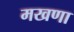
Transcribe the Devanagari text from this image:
मखणा